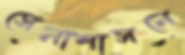
সেনাশাসনে